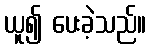
ယူ၍ ပေးခဲ့သည်။